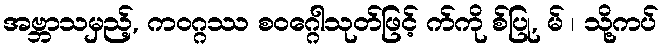
အဗ္ဘာသမှည့်, ကဝဂ္ဂဿ စဝဂ္ဂေါသုတ်ဖြင့် က်ကို စ်ပြု, မ် ၊ သို့ကပ်